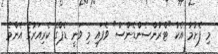
މި ފެށުމާ އެކު "ޓްރާންސެންޑެންސް" ވެފައި މި ވަނީ ޑެޕްގެ ކެރިއަރުގެ އެންމެ